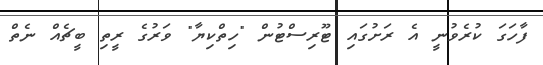
ފާހަގަ ކުރެވުނީ އެ ރަށުގައި ޓޫރިސްޓުން "ހިތްކިޔާ" ވަރުގެ ރީތި ބީޗެއް ނެތް